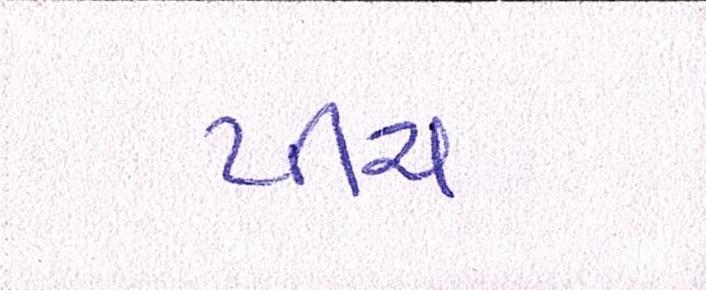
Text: પીચ